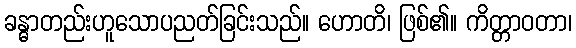
ခန္ဓာတည်းဟူသောပညတ်ခြင်းသည်။ ဟောတိ၊ ဖြစ်၏။ ကိတ္တာဝတာ၊